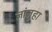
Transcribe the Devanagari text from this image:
जांजुहा